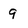
Character: 9